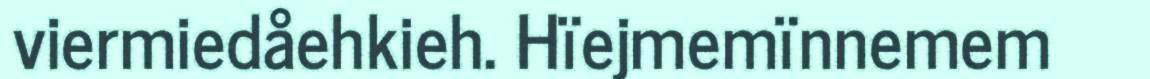
viermiedåehkieh. Hïejmemïnnemem